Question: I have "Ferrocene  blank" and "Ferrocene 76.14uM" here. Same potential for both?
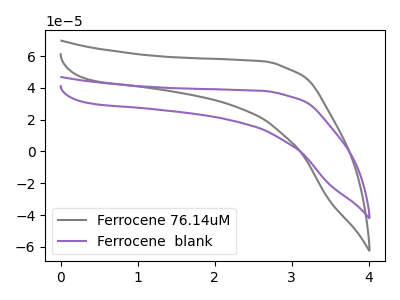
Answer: <think>The gray curve "Ferrocene 76.14uM" has no peaks. The purple curve "Ferrocene  blank" has no peaks.
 Neither "Ferrocene  blank" or "Ferrocene 76.14uM" have any peaks.</think>
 <answer>"Ferrocene  blank" and "Ferrocene 76.14uM" are similar in shape.</answer>
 <eval>same_shape</eval>